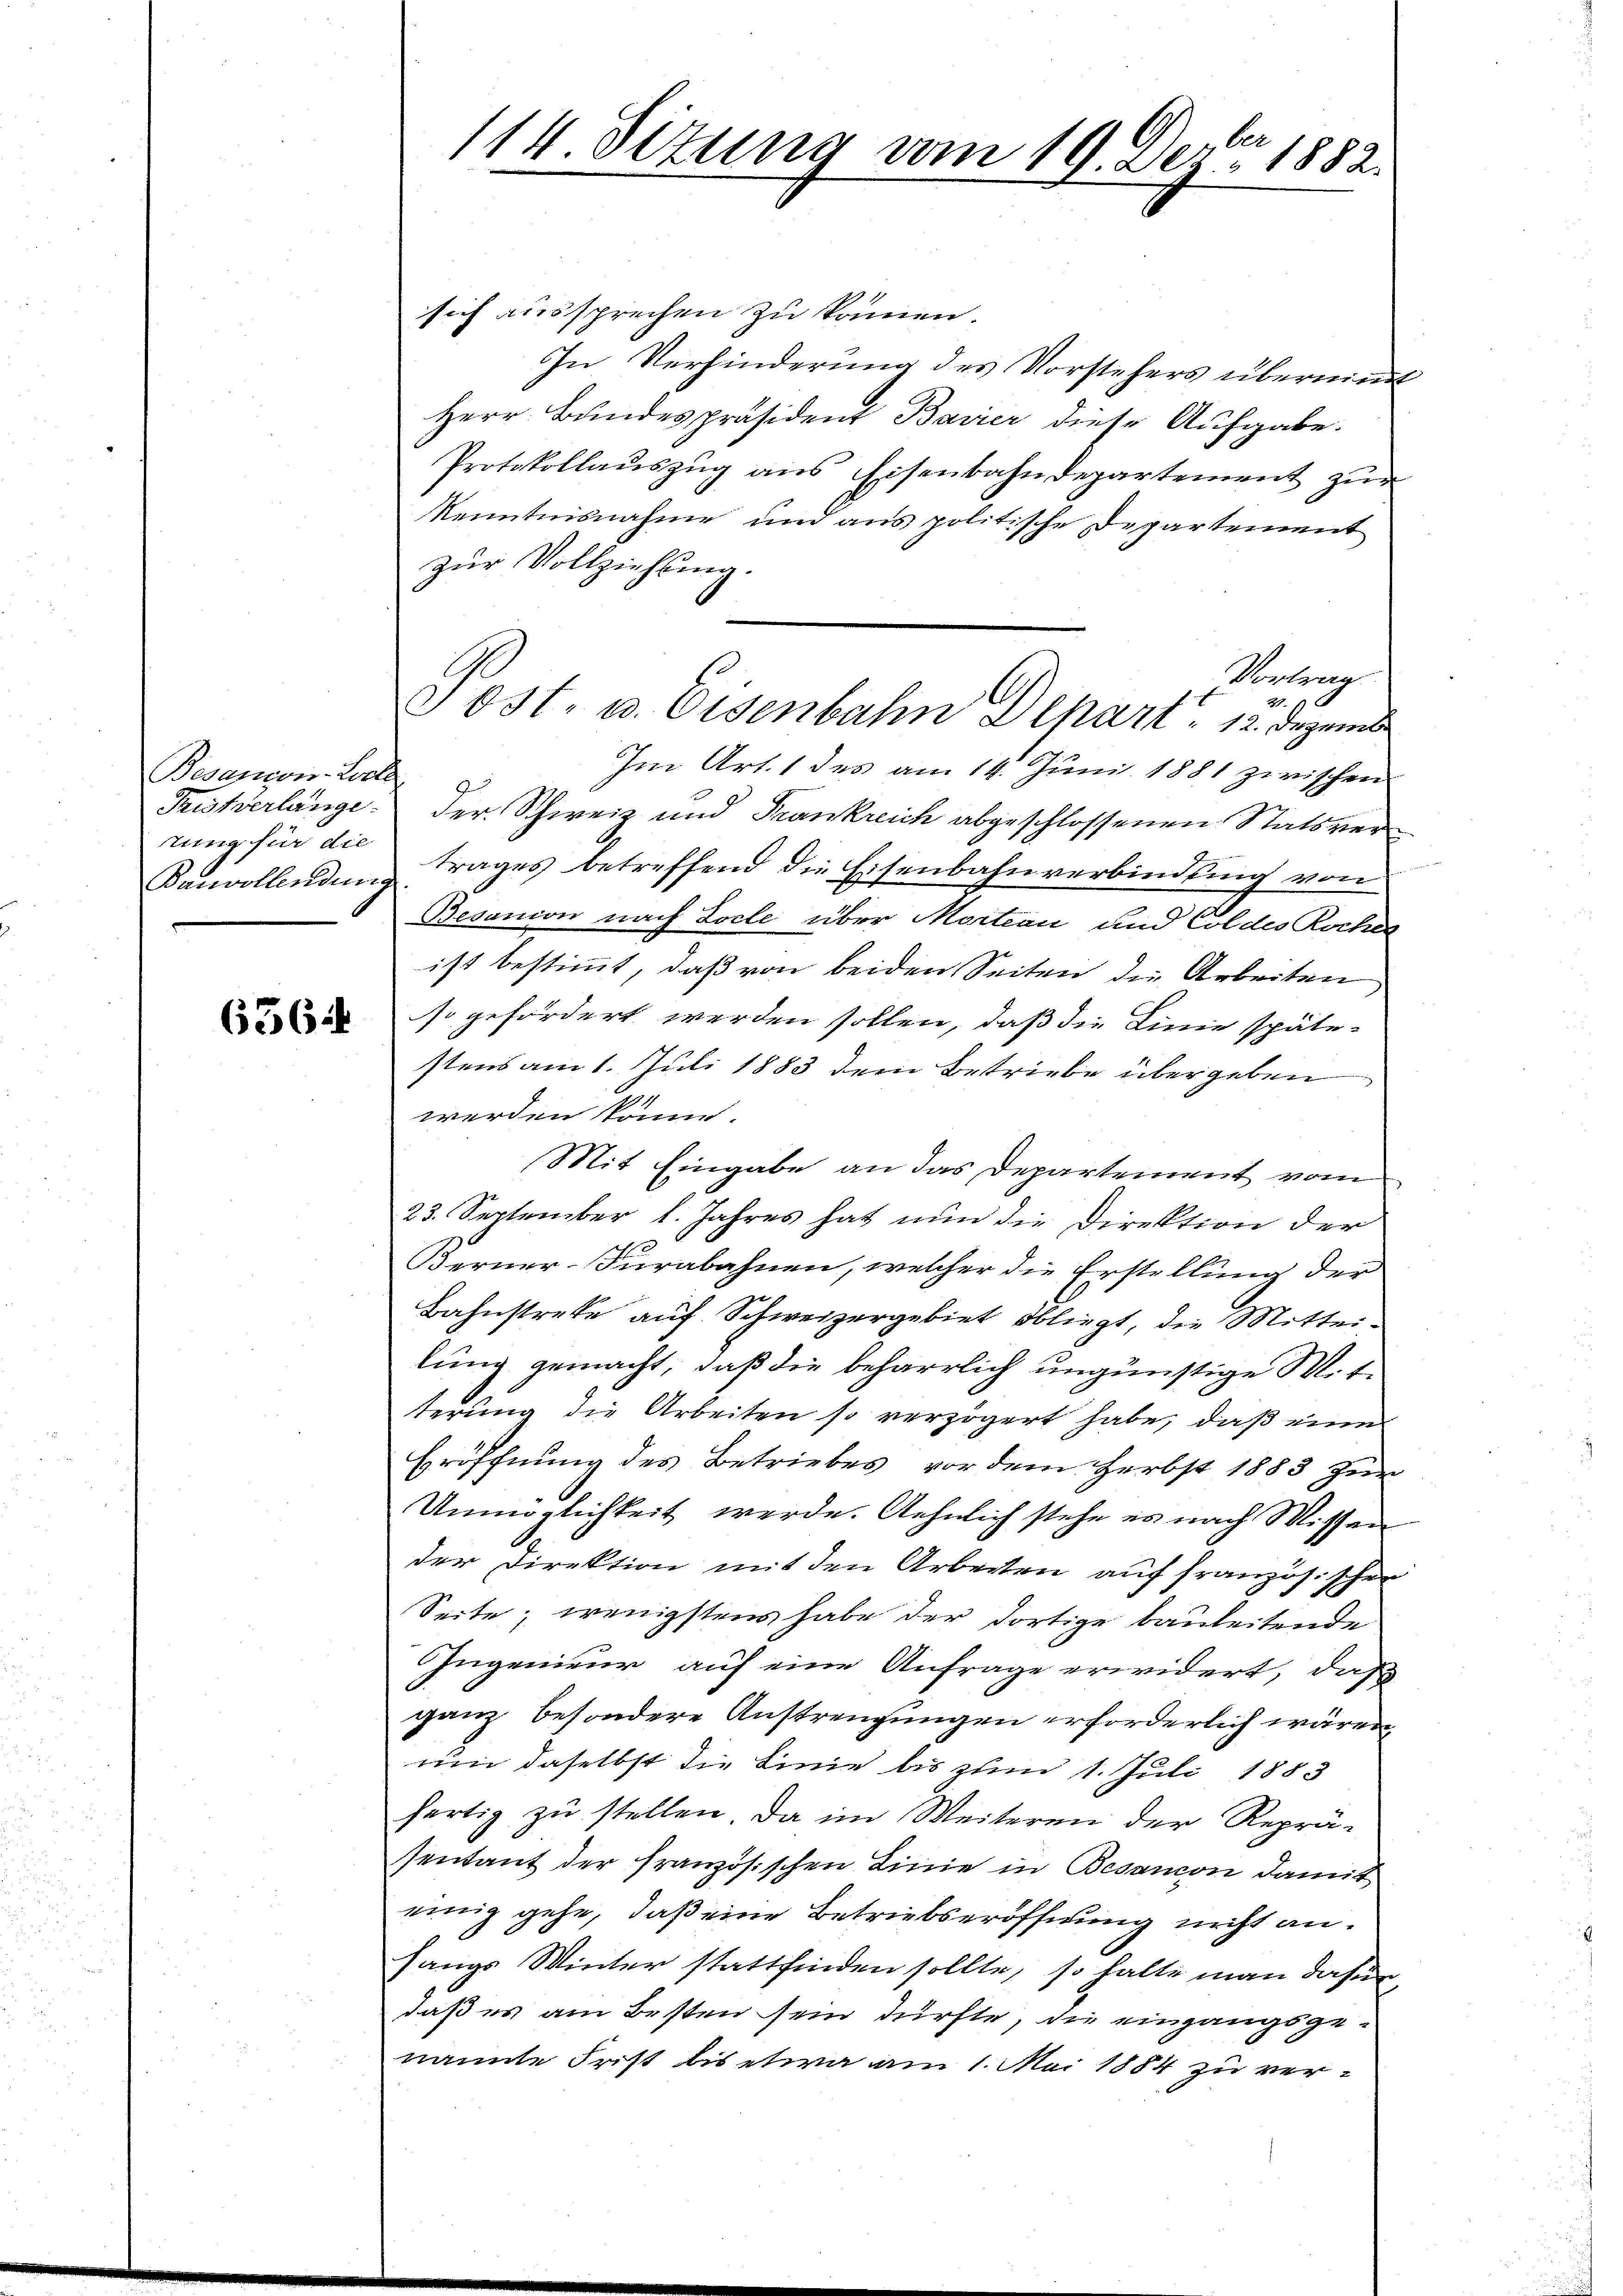
Besanions-Loche
Tristverlänge
tung für die
Bauvollendung

656

114. Situng vom 19. Dez. 1882.

Vortrag
2
Ost. u. Eisenbahn Alpart. 12. Dezemb

sich aussprechen zu können.
In Verhinderung des Vorstehers übernimmt
Herr Bundespräsident Bavier diese Aufgabe.
Protokollaŭszŭg ans Eisenbahndepartement zŭr
Kenntnisnahme und aus politische Departement
zur Vollziehung.
Im Art. 1 des am 14. Juni 1881 zwischen
der Schweiz und Frankreich abgeschlossenen Statsvertrages betreffend die Eisenbahnverbindung von
Besanion nach Locle über Mortan und Col des Rochen
ist bestimmt, daß von beiden Seiten die Arbeiten
so gefördert werden sollen, daß die Linie spätestens am 1. Juli 1883 dem Betriebe übergeben
werden könn.
Mit Eingabe an das Departement von
23. September l. Jahres hat nun die Direktion der
Kerner-Furabahnen, welcher die Erstellung der
Bahnstreke auf Schweizergebiet obliegt, die Mitteilung gemacht, daß die beharrlich ungünstige Mitterung die Arbeiten so verzögert habe, daß eine
Eröffnung des Betriebes, vor dem Herbst 1883 zur
Unmöglichkeit werde. Aehnlich stehe es nach Wissen
der Direktion mit den Arbeiten auf französischen
Seite, wenigstens habe der dortige bauleitende
Ingenieur auf eine Anfrage erwidert, daß
ganz besondere Anstrengungen erforderlich wären
um daselbst die Linie bis zum 1. Juli 1883
fertig zu stellen. Da im Weiteren der Reprä-
sentant der französischen Linie in Besancon damit
einig gehe, daß eine Betriebseröffnung nicht ansangs Winter stattfinden sollte, so halte man dafür
daß es am Besten sein dürfte, die eingangsgenannte Frist bis etwa am 1. Mai 1884 zu ver¬